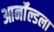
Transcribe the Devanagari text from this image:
आर्नॉल्डला